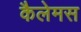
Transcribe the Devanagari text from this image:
कैलेमस